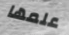
علمها